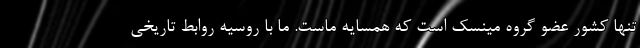
تنها کشور عضو گروه مینسک است که همسایه ماست. ما با روسیه روابط تاریخی